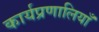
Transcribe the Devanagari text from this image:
कार्यप्रणालियाँ